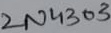
Text: 2N4303